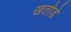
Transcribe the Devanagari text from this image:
खतोडे